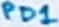
Text: PD1